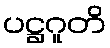
ပဋ္ဌဂူတိ